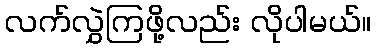
လက်လွှဲကြဖို့လည်း လိုပါမယ်။